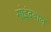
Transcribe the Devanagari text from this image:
गोइंदवाल